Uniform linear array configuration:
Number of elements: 24
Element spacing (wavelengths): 1
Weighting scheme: hamming
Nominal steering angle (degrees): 45
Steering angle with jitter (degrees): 44.246
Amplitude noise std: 0.05
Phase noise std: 0.05

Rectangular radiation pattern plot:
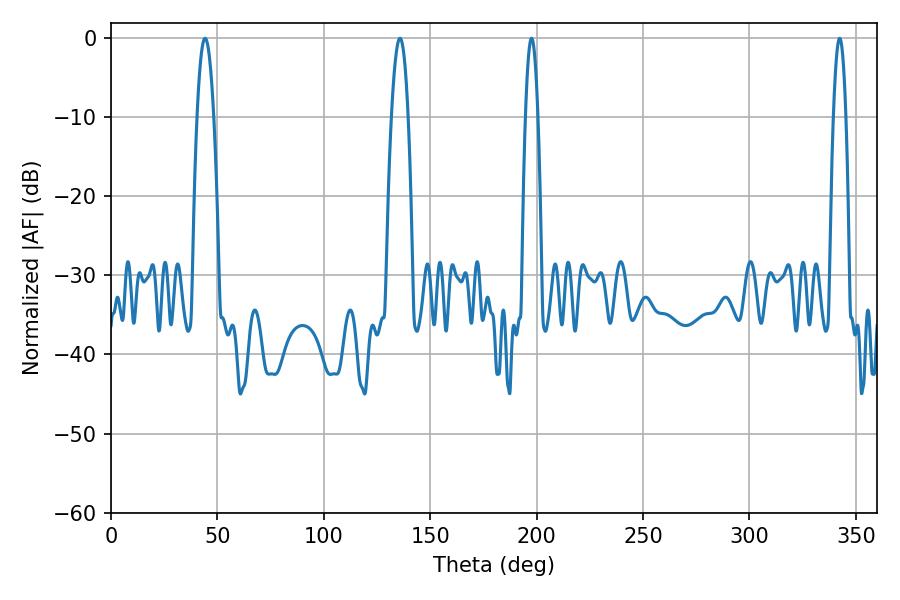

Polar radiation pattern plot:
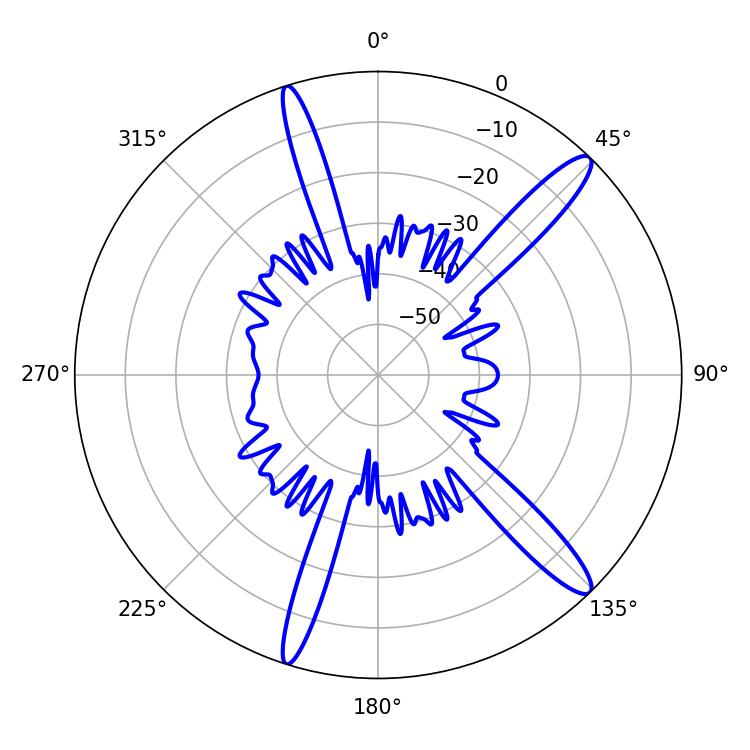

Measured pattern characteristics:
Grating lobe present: TRUE
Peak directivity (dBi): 14.187
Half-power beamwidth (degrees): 3.24
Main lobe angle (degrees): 197.64